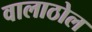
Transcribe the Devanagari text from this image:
वालाठोल